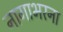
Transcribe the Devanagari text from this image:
नागाभरना